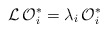
\begin{align*}{\cal L\,O}_{i}^{*}=\lambda _{i}{\cal \,O}_{i}^{*}\end{align*}